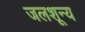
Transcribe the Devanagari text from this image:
जलशून्य